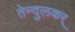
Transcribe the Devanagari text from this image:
तेन्दुलकर्